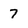
Character: 7